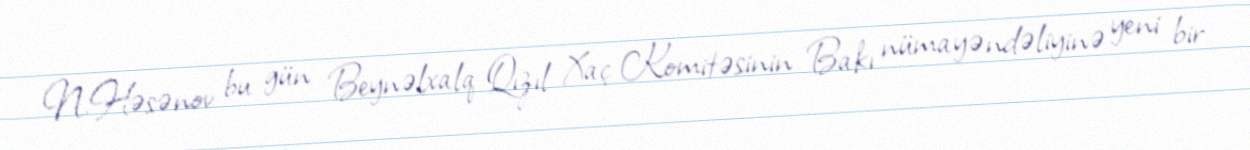
N.Həsənov bu gün Beynəlxalq Qızıl Xaç Komitəsinin Bakı nümayəndəliyinə yeni bir